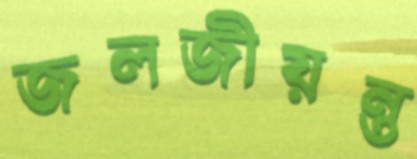
জলজীয়ন্ত